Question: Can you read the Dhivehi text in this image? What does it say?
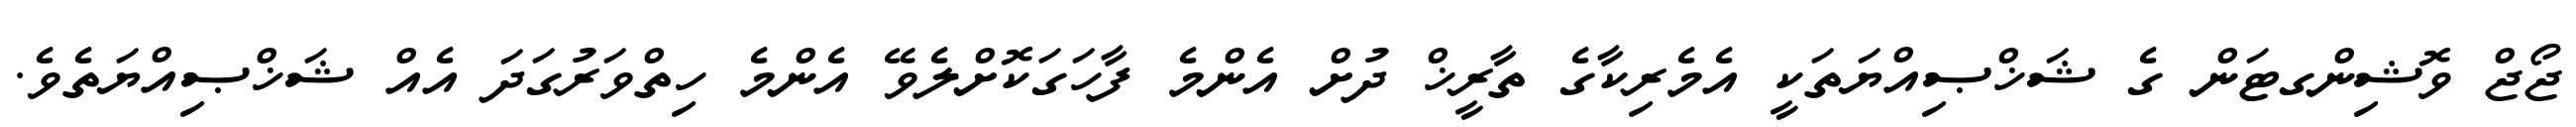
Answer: ޖޯޖް ވޮޝިންގޓަން ގެ ޝަޚްޞިއްޔަތަކީ އެމެރިކާގެ ތާރީޚް ދުށް އެންމެ ފާހަގަކޮށްލެވޭ އެންމެ ހިތްވަރުގަދަ އެއް ޝަޚްޞިއްޔަތެވެ.